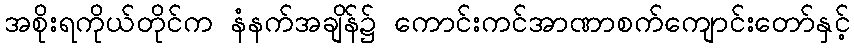
အစိုးရကိုယ်တိုင်က နံနက်အချိန်၌ ကောင်းကင်အာဏာစက်ကျောင်းတော်နှင့်